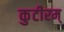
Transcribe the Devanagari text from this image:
कुटीरम्